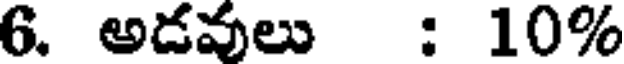
6. అడవులు : 10%